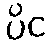
ပိင